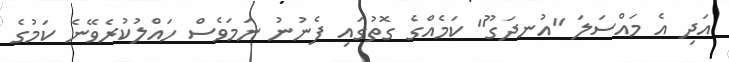
އަދި އެ މައްސަލަ "އުނދަގޫ" ކަމެއްގެ ގޮތުގައި ފެނުނު ނަމަވެސް ހައްލުކުރެވޭނެ ކަމުގެ